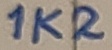
Text: 1K2